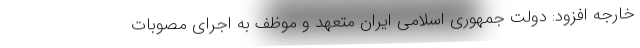
خارجه افزود: دولت جمهوری اسلامی ایران متعهد و موظف به اجرای مصوبات